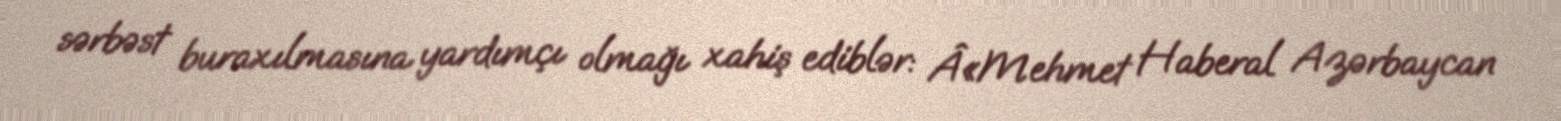
sərbəst buraxılmasına yardımçı olmağı xahiş ediblər: Â«Mehmet Haberal Azərbaycan